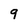
Character: 9